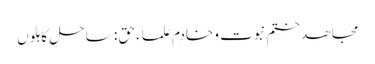
مجاھد ختم نبوت و خادم علماء حق : ساحل کاہلوں